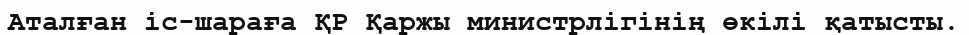
Аталған іс-шараға ҚР Қаржы министрлігінің өкілі қатысты.